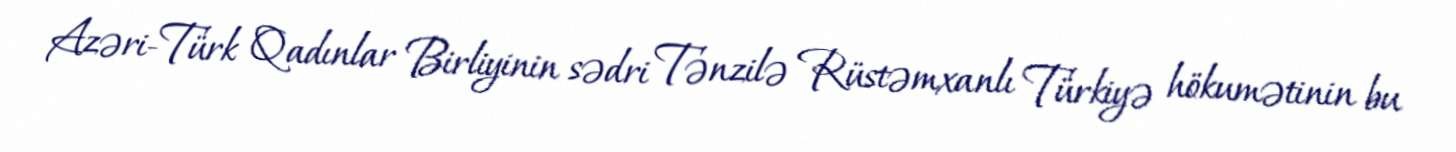
Azəri-Türk Qadınlar Birliyinin sədri Tənzilə Rüstəmxanlı Türkiyə hökumətinin bu